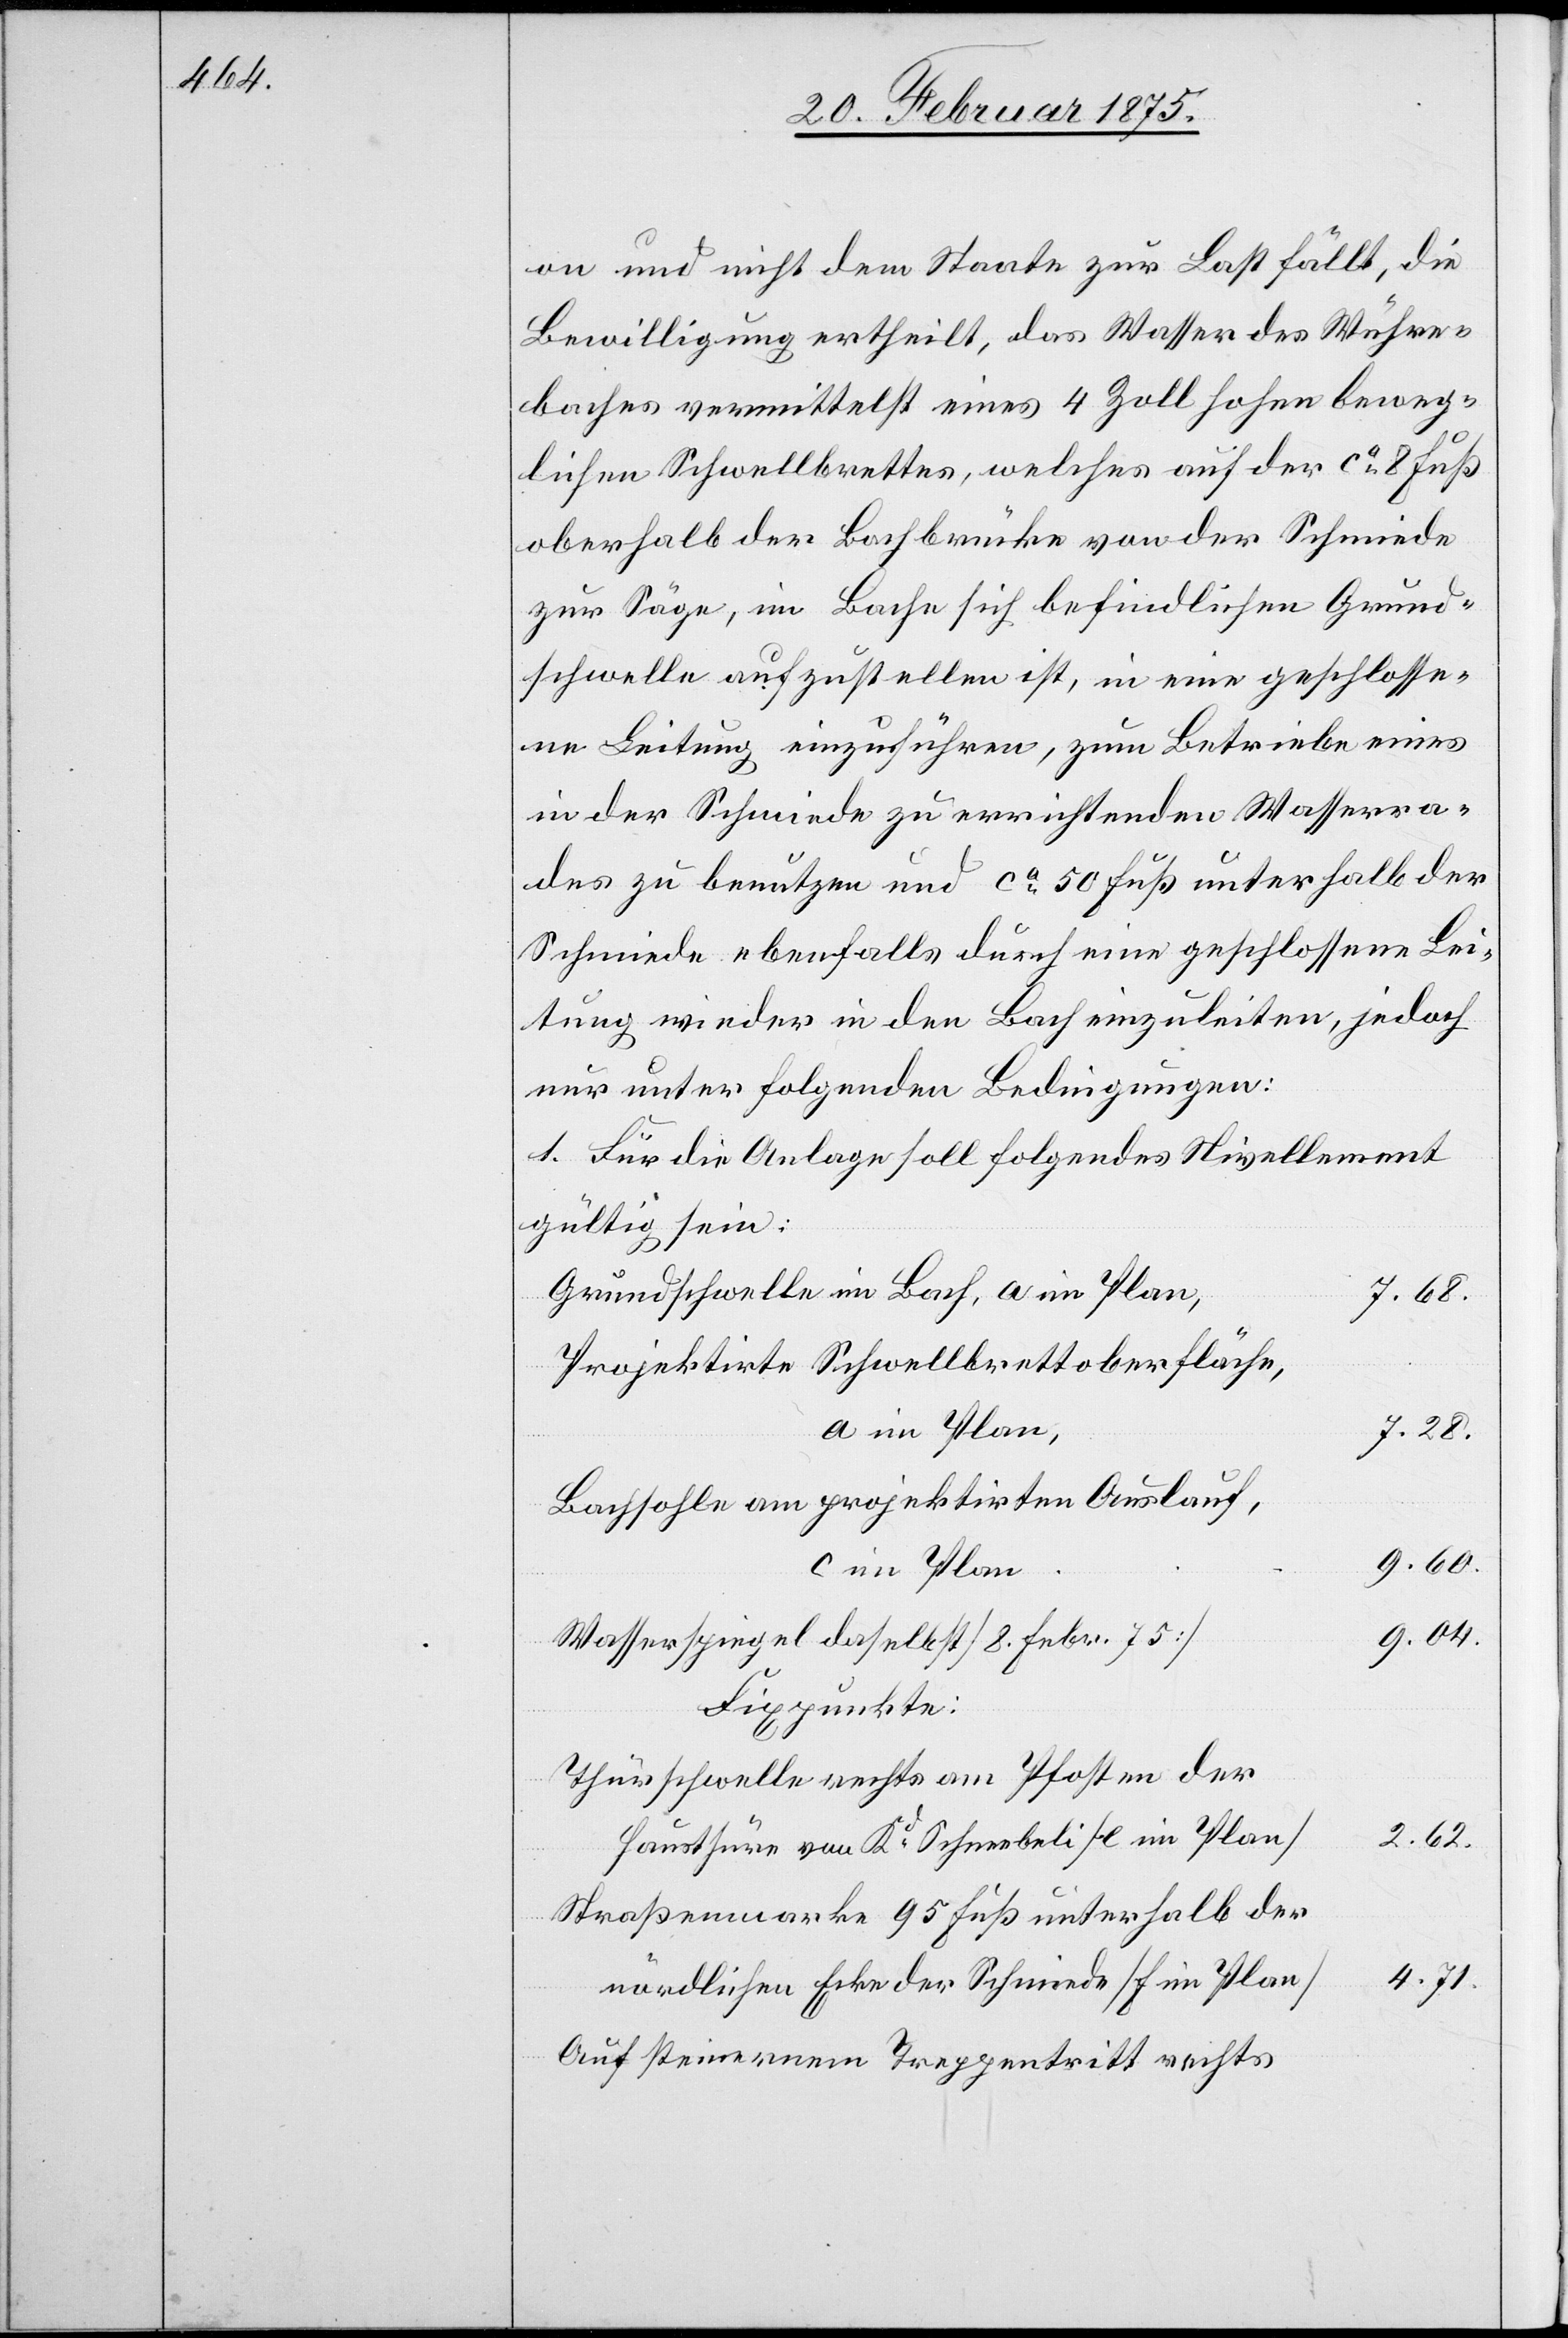
on und nicht dem Staate zur Last fällt, die
Bewilligung ertheilt, das Wasser des Wühre¬
baches vermittelst eines 4 Zoll hohen beweg¬
lichen Schwellbrettes, welches auf der ca 8 Fuß
oberhalb der Bachbrücke von der Schmiede
zur Säge, im Bache sich befindlichen Grund¬
schwelle aufzustellen ist, in eine geschlosse¬
ne Leitung einzuführen, zum Betriebe eines
in der Schmiede zu errichtenden Wasserra¬
des zu benutzen und ca 50 Fuß unterhalb der
Schmiede ebenfalls durch eine geschlossene Lei¬
tung wieder in den Bach einzuleiten, jedoch
nur unter folgenden Bedingungen:
1. Für die Anlage soll folgendes Nivellement
gültig sein:
Grundschwelle im Bach, a im Plan
7. 68.
Projektirte Schwellbrettoberfläche,
a im Plan,
7. 28.
Bachsohle am projektirten Auslauf,
9. 60.
c im Plan
9. 04.
Wasserspiegel daselbst [8. Febr. 75]
Fixpunkte:
Thürschwelle rechts am Pfosten der
2. 62.
Hausthüre vom Kd Schneebeli [e im Plan]
Straßenmarke 95 Fuß unterhalb der
4. 71.
nördlichen Ecke der Schmiede [f im Plan]
Auf steinernem Treppentritt rechts